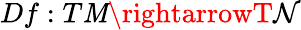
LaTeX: Df:T\mathit{M}\rightarrowT\mathcal{N}